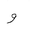
Letter: _waw